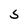
Character: S